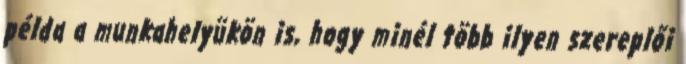
példa a munkahelyükön is, hogy minél több ilyen szereplői